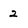
Character: 2